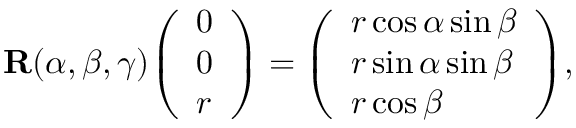
\mathbf { R } ( \alpha , \beta , \gamma ) { \left( \begin{array} { l } { 0 } \\ { 0 } \\ { r } \end{array} \right) } = { \left( \begin{array} { l } { r \cos \alpha \sin \beta } \\ { r \sin \alpha \sin \beta } \\ { r \cos \beta } \end{array} \right) } ,